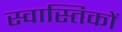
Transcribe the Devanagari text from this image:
स्वास्तिकों